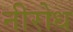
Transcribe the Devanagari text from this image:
नीरोध